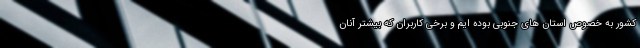
کشور به خصوص استان های جنوبی بوده ایم و برخی کاربران که بیشتر آنان